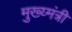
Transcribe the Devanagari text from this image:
मुख्य्मंत्री